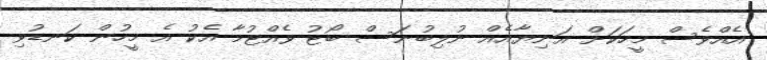
އެއްވެސް މީހަކަށް އަނިޔާއެއް ނުލިބުނަސް ބޯޓު ވެއްޓުމާ އެކު އެ މީހުން ކަނޑުވި